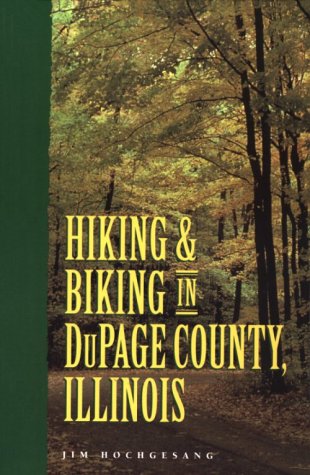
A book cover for Hiking and Biking in Dupage County, Illinois; Jim Hochgesang; Travel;